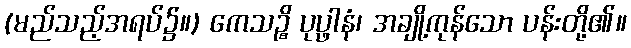
(မည်သည့်အရပ်၌။) ကေသဉ္စိ ပုပ္ဖါနံ၊ အချို့ကုန်သော ပန်းတို့၏။